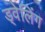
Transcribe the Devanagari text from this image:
ड्वेलिंग